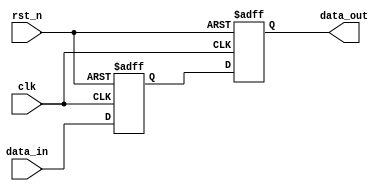
module ms_sync #(
    parameter WIDTH = 1 // Parameter for input/output width
)(
    input wire clk,          // Clock signal
    input wire rst_n,       // Active-low reset
    input wire [WIDTH-1:0] data_in,  // Asynchronous input signal
    output reg [WIDTH-1:0] data_out  // Synchronized output signal
);

    // Internal signals for master flip-flop output
    reg [WIDTH-1:0] master_reg;

    // Master Flip-Flop: captures data_in on the falling edge of clk
    always @(negedge clk or negedge rst_n) begin
        if (!rst_n) begin
            master_reg <= {WIDTH{1'b0}}; // Reset master register
        end else begin
            master_reg <= data_in; // Capture input data
        end
    end

    // Slave Flip-Flop: captures master_reg on the rising edge of clk
    always @(posedge clk or negedge rst_n) begin
        if (!rst_n) begin
            data_out <= {WIDTH{1'b0}}; // Reset output register
        end else begin
            data_out <= master_reg; // Transfer from master to output
        end
    end

endmodule